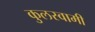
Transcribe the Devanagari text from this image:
कुुलस्वामी